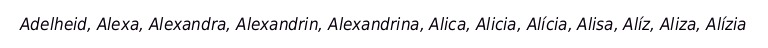
Adelheid, Alexa, Alexandra, Alexandrin, Alexandrina, Alica, Alicia, Alícia, Alisa, Alíz, Aliza, Alízia